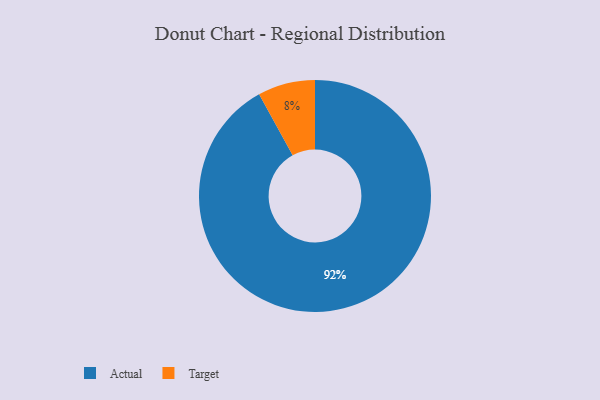
{"axis": {"x": "Category", "y": "Percentage"}, "legend": ["Actual", "Target"], "data": [{"x": "Target", "y": 8, "type": "Target"}, {"x": "Actual", "y": 92, "type": "Actual"}]}